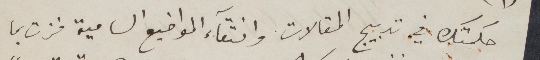
جكمتك في تدبيج المقالات وانقاء المواضيع السامية فزت بما